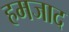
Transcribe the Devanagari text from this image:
हमजाद